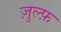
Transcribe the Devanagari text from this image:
ज़ुल्फ़